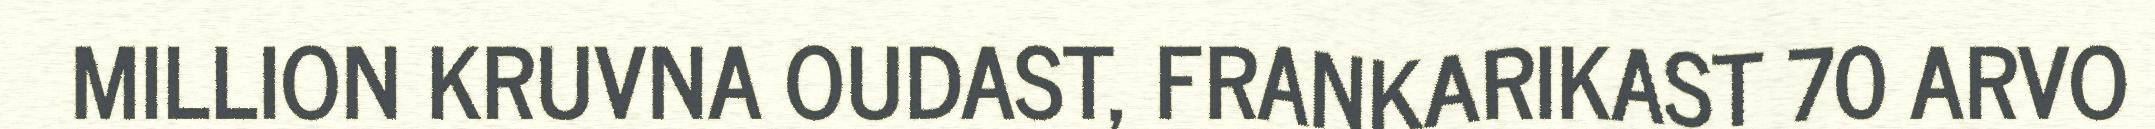
MILLION KRUVNA OUDAST, FRANKARIKAST 70 ARVO